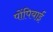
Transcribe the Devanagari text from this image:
पोंपियाईं